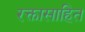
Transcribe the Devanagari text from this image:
रक्तासाहित